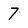
Character: 7